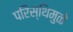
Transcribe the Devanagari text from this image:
परिस्थिमुळे